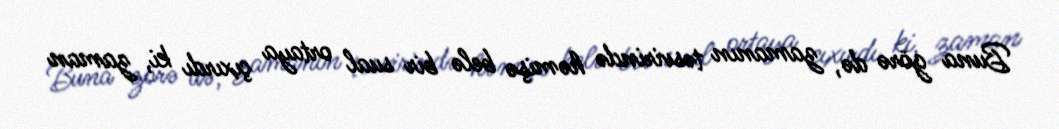
Buna görə də, zamanın təsvirində həmişə belə bir sual ortaya çıxırdı ki, zaman